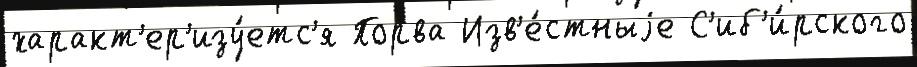
характ'ер'изу́етс'я Порва Изв'е́стныjе С'иб'и́рского